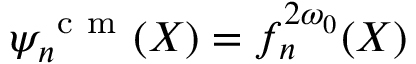
\psi _ { n } ^ { \mathrm { ~ c ~ m ~ } } ( X ) = f _ { n } ^ { 2 \omega _ { 0 } } ( X )